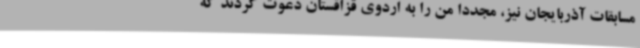
مسابقات آذربایجان نیز، مجددا من را به اردوی قزاقستان دعوت کردند که